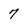
Character: 7